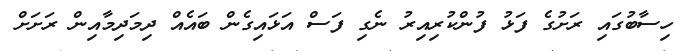
ހިސާބުގައި ރަށުގެ ފަޅު ފުންކުރިއިރު ނެގި ފަސް އަޅައިގެން ބައެއް ދިމަދިމާއިން ރަށަށް